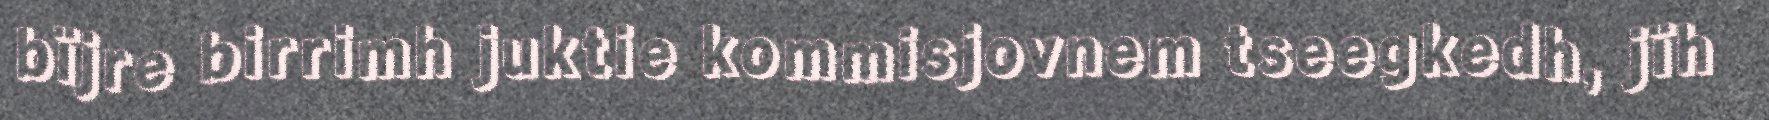
bïjre birrimh juktie kommisjovnem tseegkedh, jïh